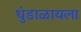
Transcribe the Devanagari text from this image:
धुंडाळायला